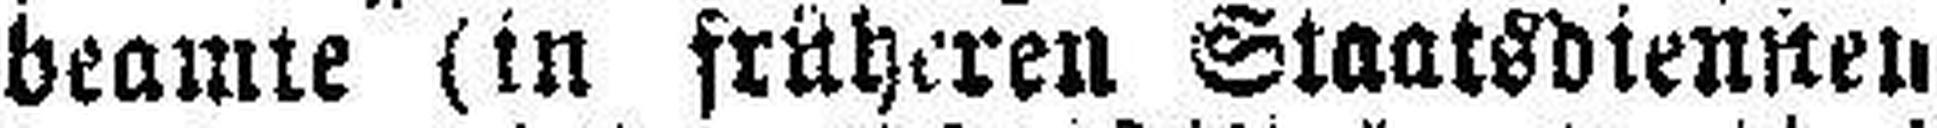
beamte (in früheren Staatsdiennen